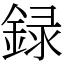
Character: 録